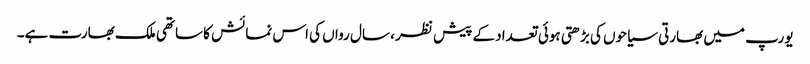
یورپ میں بھارتی سیاحوں کی بڑھتی ہوئی تعداد کے پیش نظر ، سال رواں کی اس نمائش کا ساتھی ملک بھارت ہے۔